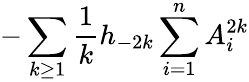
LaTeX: -\sum_{k\ge 1}{\frac{1}{k}}h_{-2k}\sum_{i=1}^{n}A_{i}^{2k}